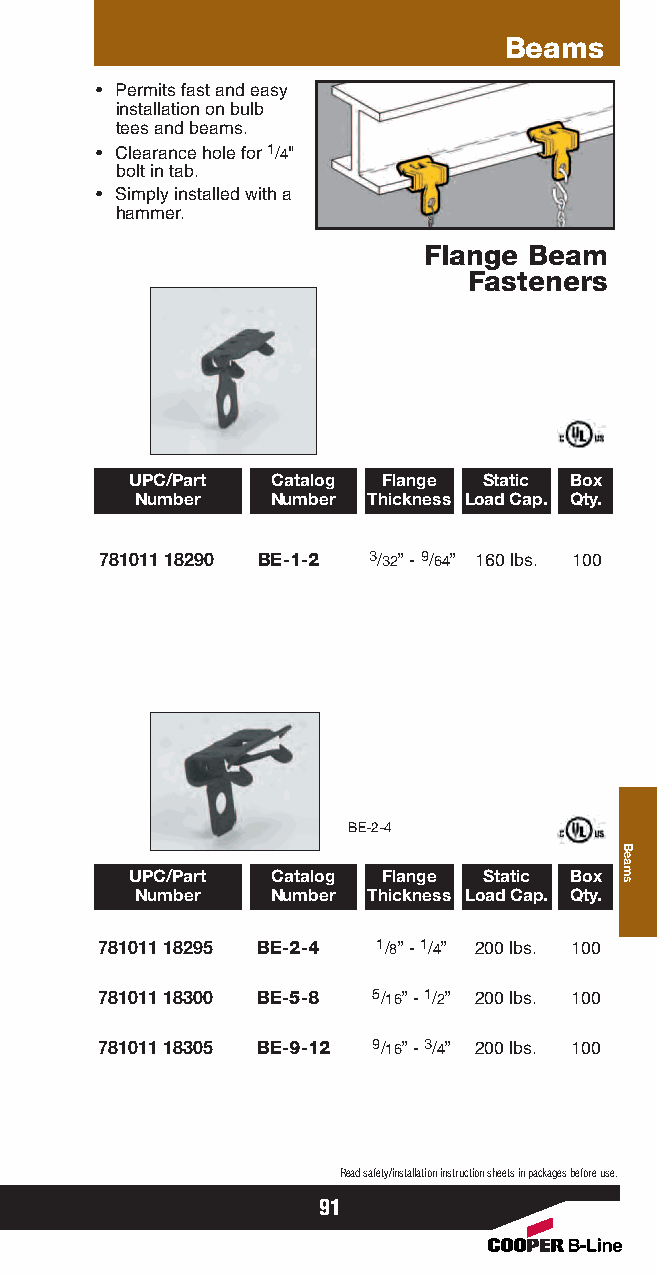
Beams
 • Permits fast and easy
 installation on bulb
 tees and beams.
 • Clearance hole for 1/4"
 bolt in tab.
 • Simply installed with a
 hammer.
 Flange Beam
 Fasteners
 UPC/Part Catalog Flange Static Box
 Number   Number Thickness Load Cap. Qty.
 781011 18290 BE-1-2 3/32” - 9/64” 160 lbs. 100
 BE-2-4
 UPC/Part Catalog Flange Static Box
 Number   Number Thickness Load Cap. Qty.
 781011 18295 BE-2-4 1/8” - 1/4” 200 lbs. 100
 781011 18300 BE-5-8 5/16” - 1/2” 200 lbs. 100
 781011 18305 BE-9-12 9/16” - 3/4” 200 lbs. 100
 Read safety/installation instruction sheets in packages before use.
 91
 Beams